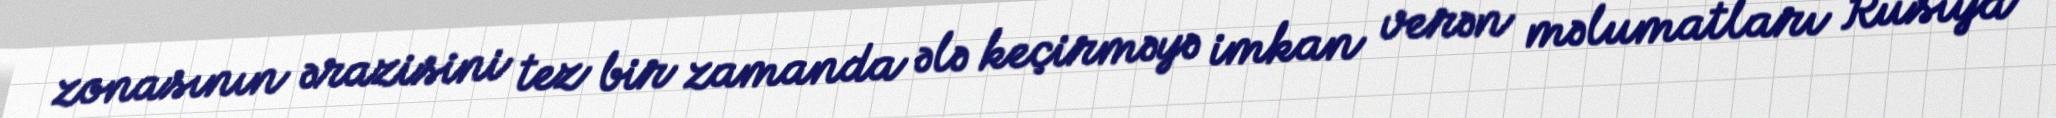
zonasının ərazisini tez bir zamanda ələ keçirməyə imkan verən məlumatları Rusiya